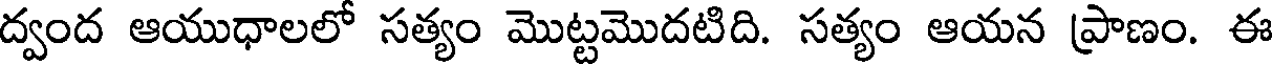
ద్వంద ఆయుధాలలో సత్యం మొట్టమొదటిది. సత్యం ఆయన ప్రాణం. ఈ